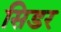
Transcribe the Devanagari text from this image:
सिडर